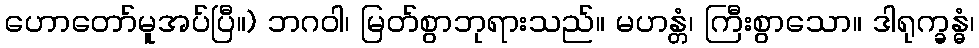
ဟောတော်မူအပ်ပြီ။) ဘဂဝါ၊ မြတ်စွာဘုရားသည်။ မဟန္တံ၊ ကြီးစွာသော။ ဒါရုက္ခန္ဓံ၊